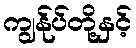
ကျွန်ုပ်တို့နှင့်